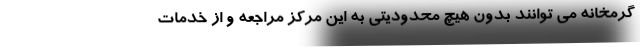
گرمخانه می توانند بدون هیچ محدودیتی به این مرکز مراجعه و از خدمات